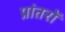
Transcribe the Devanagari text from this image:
प्रांतरों